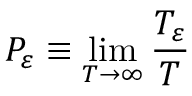
P _ { \varepsilon } \equiv \operatorname* { l i m } _ { T \to \infty } \frac { T _ { \varepsilon } } { T }